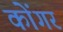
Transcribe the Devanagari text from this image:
कोंगर